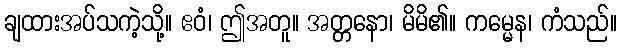
ချထားအပ်သကဲ့သို့။ ဧဝံ၊ ဤအတူ။ အတ္တနော၊ မိမိ၏။ ကမ္မေန၊ ကံသည်။